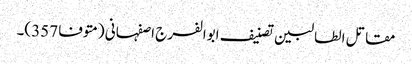
مقاتل الطالبین تصنیف ابوالفرج اصفہانی (متوفا 357)۔